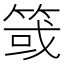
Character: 䈅